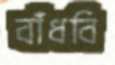
বাঁধবি